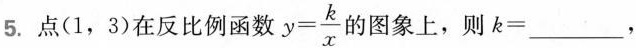
5.点(1，3)在反比例函数$$y= \frac{k}{x}$$的图象上，则$$k=___$$，